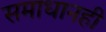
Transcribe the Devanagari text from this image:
समाधानही